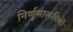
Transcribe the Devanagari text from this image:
निर्णुणारूपिणी